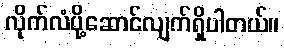
လိုက်လံပို့ဆောင်လျက်ရှိပါတယ်။